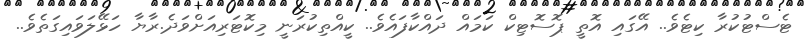
ޓެސްޓުކުރާ ކިޓެވެ.. އޭގައި އޮތީ ޕޮސޮޓިކް ކަމައް ދައްކާފައެވެ.. ކީއްތިކުރަނީ މިކޮޓަރިއަށްވަދެ.ރާޔާ ހަޅޭލަވައިގަތެވެ..